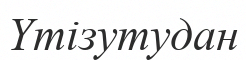
Үтізутудан